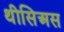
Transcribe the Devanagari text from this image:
थीसिअस